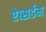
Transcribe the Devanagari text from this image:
ऐब्सर्डम